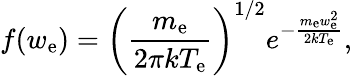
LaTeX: f(w_{\mathrm{e}})=\left(\frac{m_{\mathrm{e}}}{2\pi kT_{\mathrm{e}}}\right)^{1/2}e^{-\frac{m_{\mathrm{e}}w_{\mathrm{e}}^{2}}{2kT_{\mathrm{e}}}},